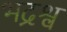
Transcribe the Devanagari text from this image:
भद्रश्व